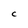
Character: C